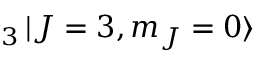
_ { 3 } \mathinner { | { J = 3 , m _ { J } = 0 } \rangle }